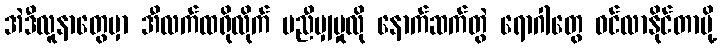
အဲဒီလူနာတွေမှာ အီလက်ထရိုလိုက် မညီမျှမှုလို နောက်ဆက်တွဲ ရောဂါတွေ ဝင်လာနိုင်တာမို့